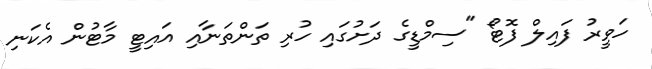
ހަވީރު ފައިލް ފޮޓޯ "ސިމްޑީގެ ދަށުގައި ހުރި ތަންތަނާއި އައިޓީ މާޓުން އެކަނި